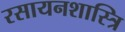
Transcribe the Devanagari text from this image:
रसायनशास्त्रि